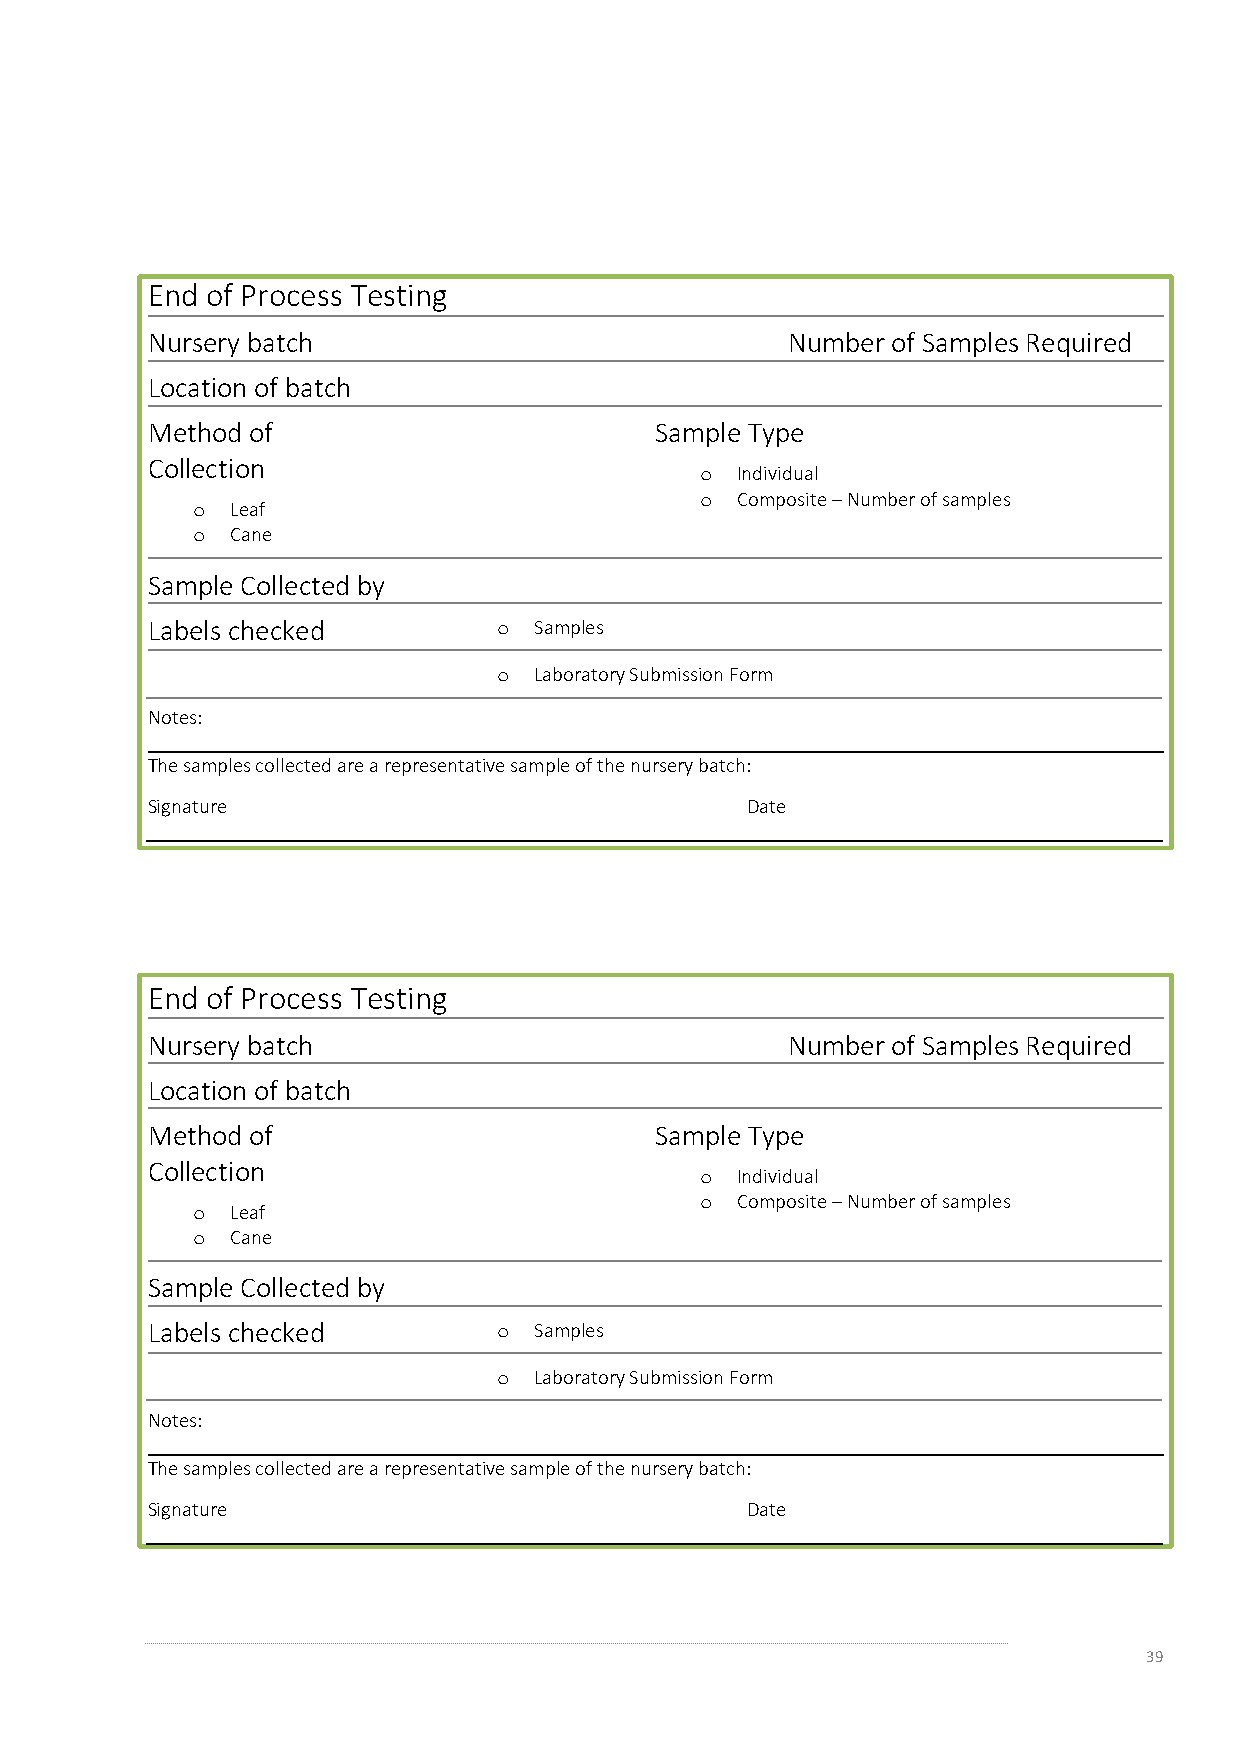
End of Process Testing
 Nursery batch                             Number of Samples Required
 Location of batch
 Method of                        Sample Type
 Collection
 o  Individual
 o  Composite – Number of samples
 o Leaf
 o Cane
 Sample Collected by
 Labels checked         o Samples
 o Laboratory Submission Form
 Notes:
 The samples collected are a representative sample of the nursery batch:
 Signature                              Date
 End of Process Testing
 Nursery batch                             Number of Samples Required
 Location of batch
 Method of                        Sample Type
 Collection
 o  Individual
 o  Composite – Number of samples
 o Leaf
 o Cane
 Sample Collected by
 Labels checked         o Samples
 o Laboratory Submission Form
 Notes:
 The samples collected are a representative sample of the nursery batch:
 Signature                              Date
 39